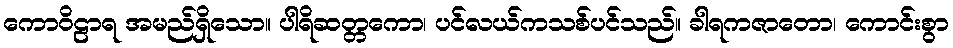
ကောဝိဠာရ အမည်ရှိသော။ ပါရိဆတ္တကော၊ ပင်လယ်ကသစ်ပင်သည်။ ခါရကဇာတော၊ ကောင်းစွာ